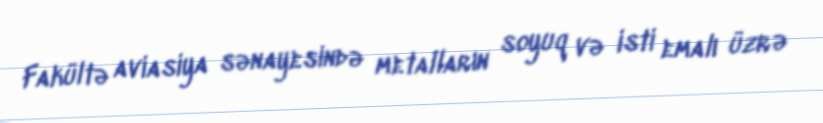
Fakültə aviasiya sənayesində metalların soyuq və isti emalı üzrə